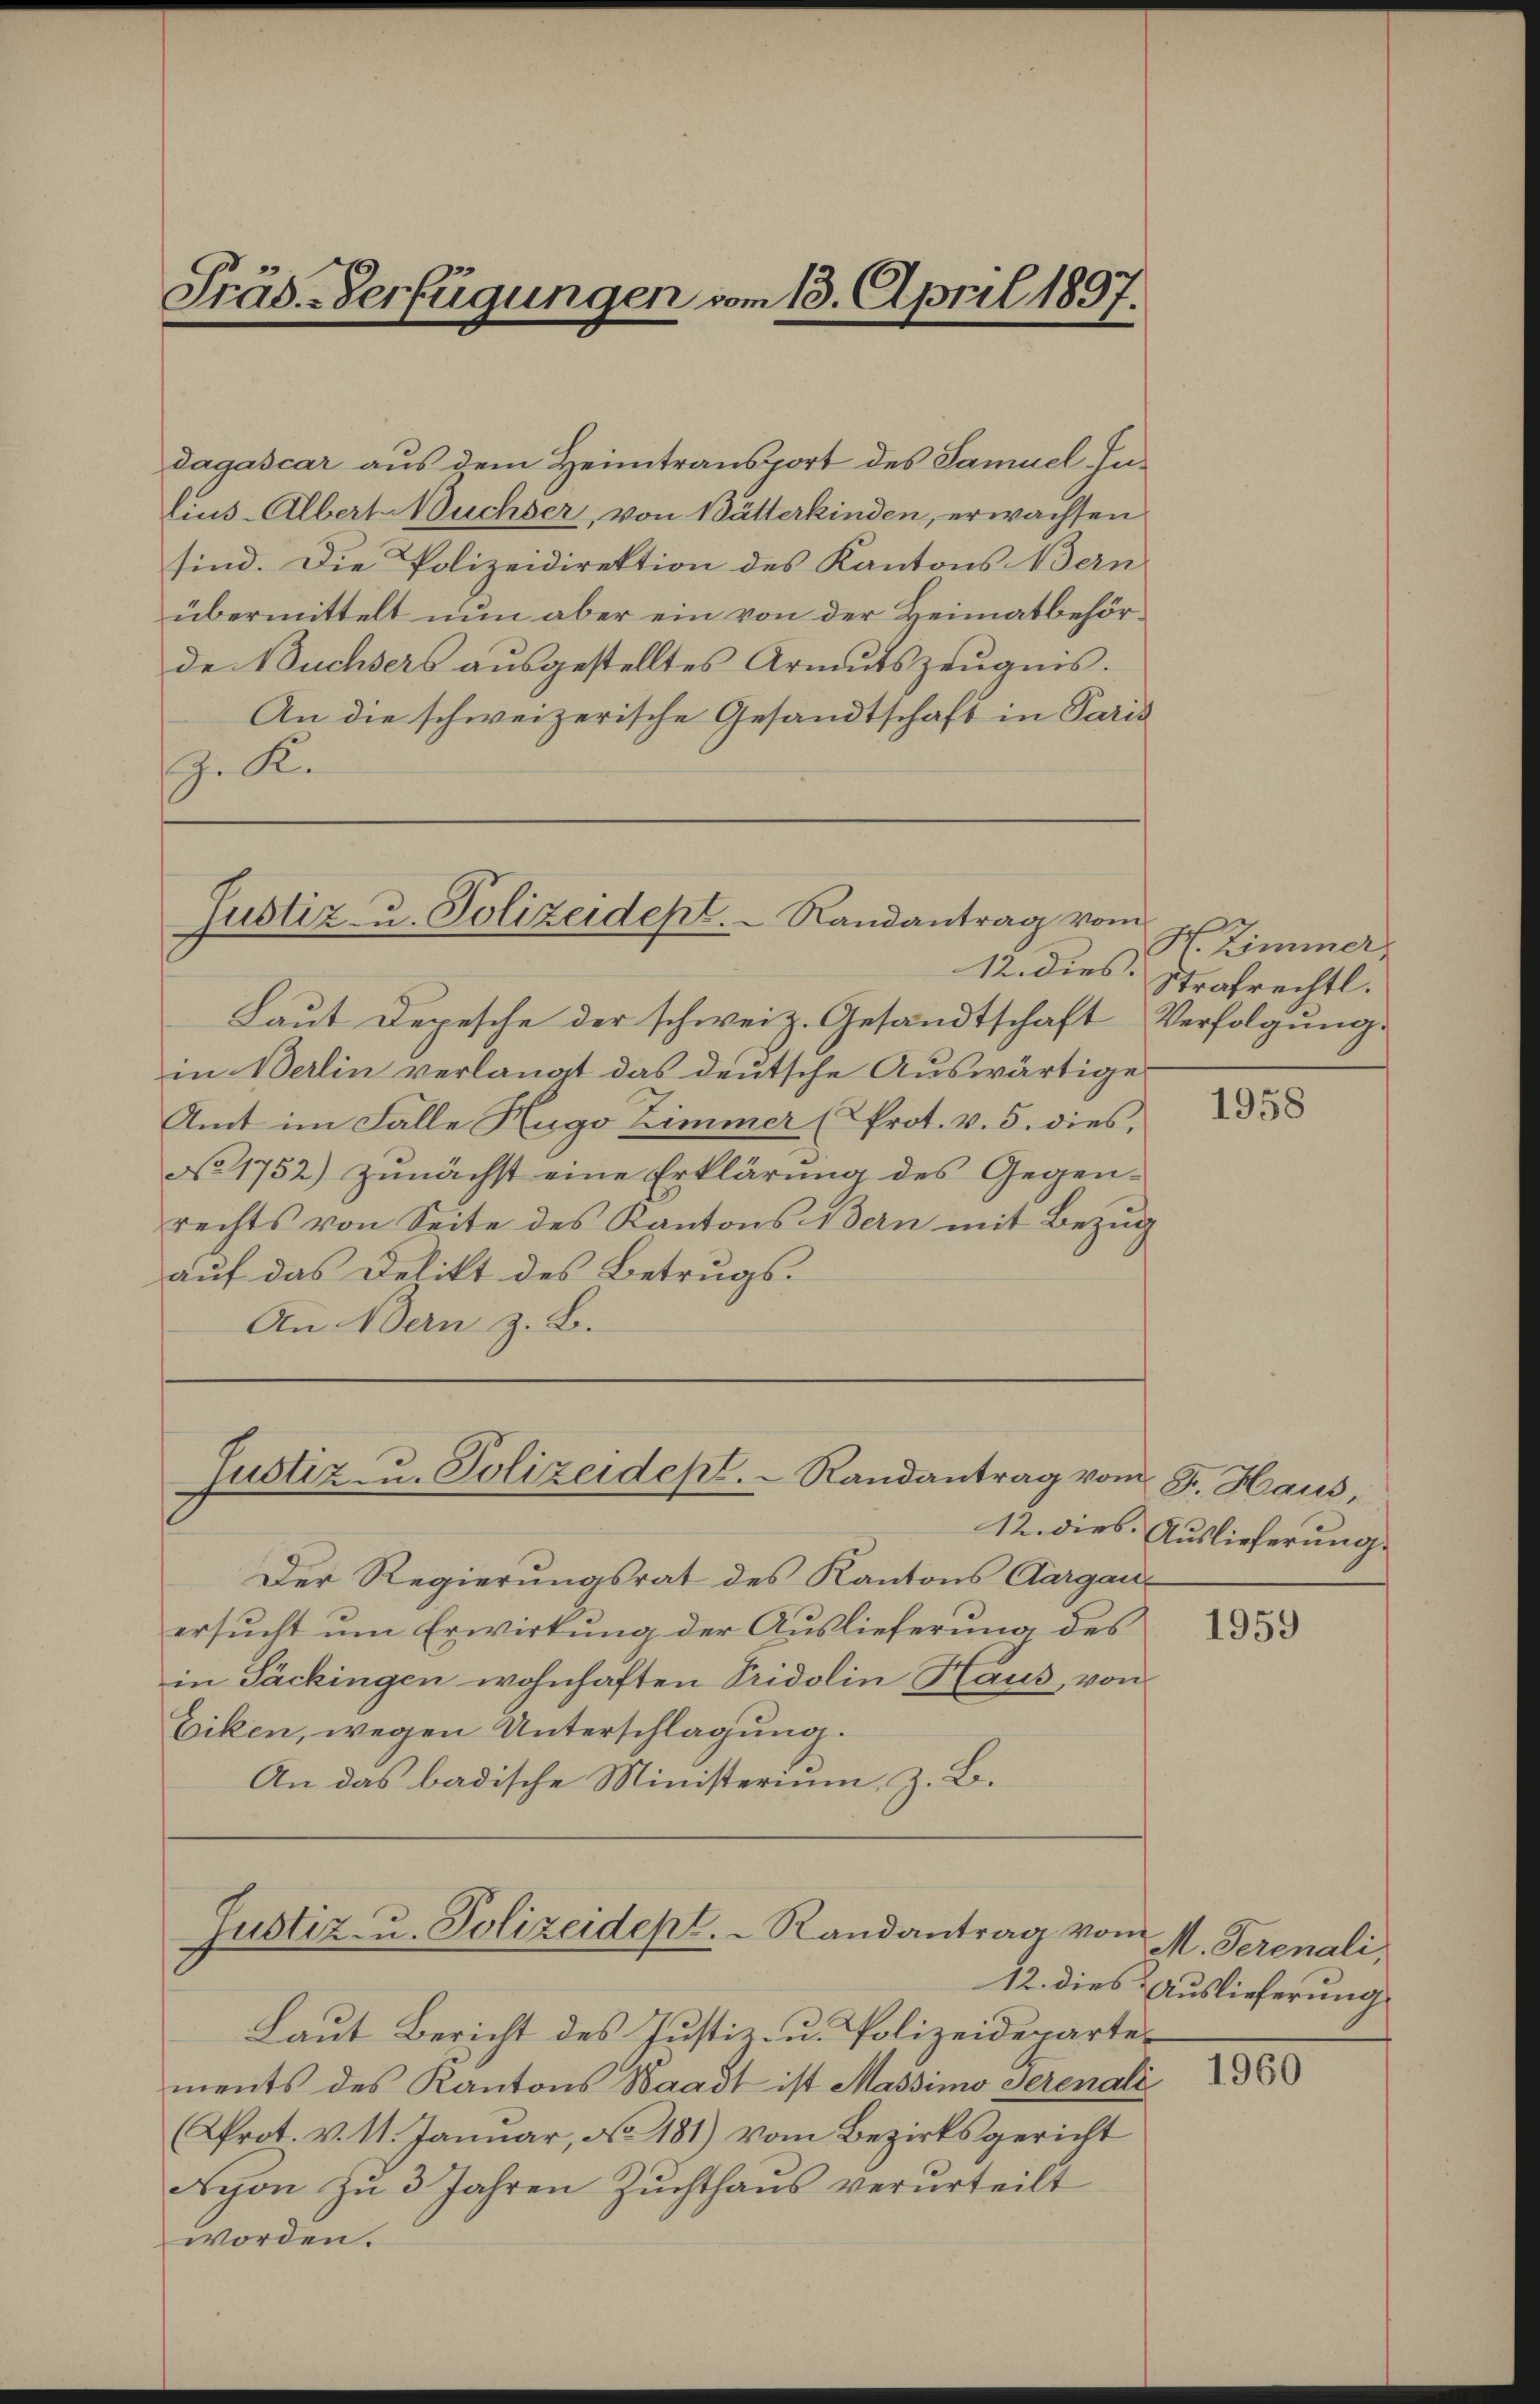
Präs.-Verfügungen vom 13. April 1897.

dagascar aus dem Heimtransport des Samuel Inlius-Albert Buchser, von Bätterkinden, erwachsen
sind. Die Polizeidirektion des Kantons Bern
übermittelt nun aber ein von der Heimatbehörde Buchsers ausgestelltes Armutszeugnis.
An die schweizerische Gesandtschaft in Paris
Z. K.

Justiz- u. Polizeidept. Randantrag vom

12. dies.
Laut Depesche der schweiz. Gesandtschaft Verfolgung.
in Berlin verlangt das deutsche Auswärtige
Amt im Falle Hugo Zimmer (Prot. v. 5. dies,
No 1752) zunächst eine Erklärung des Gegen-
rechts von Seite des Kantons Bern mit Bezug
auf das Delikt des Betrugs¬
An Bern z. B.

Justiz- u. Polizeidept. Randantrag von

Laut Bericht des Justiz- u. Polizeidepartements des Kantons Waadt ist Massimo Serenali
AProt. v. 11. Januar, No 181) vom Bezirksgericht
Nyon zu 3 Jahren Zuchthaŭs verurteilt
worden.

Der Regierungsrat des Kantons Aargauersucht um Erwirkung der Auslieferung des
in Päckingen wohnhaften Pridolin Haus, von
Eiken, wegen Unterschlagung.
An das badische Ministerium, z. B.

Justiz- u. Polizeidept. Randantrag vom

H. Zimmer
Strafrechtl.

1958

u Dr. Haus,
12. dies Auslieferung.

1959

M. Serenali,
12. dies Auslieferung

1960